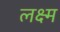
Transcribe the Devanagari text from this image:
लक्ष्म